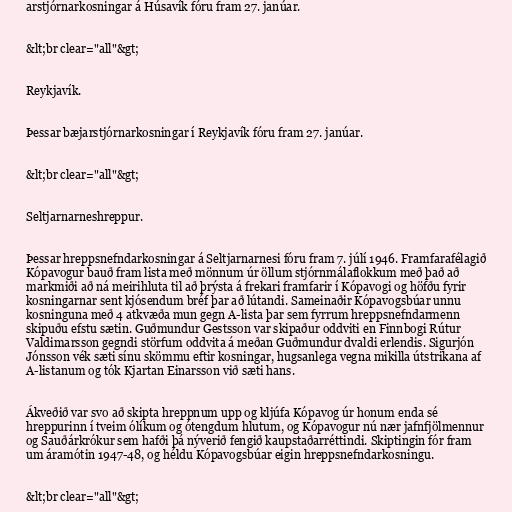
arstjórnarkosningar á Húsavík fóru fram 27. janúar.

&lt;br clear="all"&gt;

Reykjavík.

Þessar bæjarstjórnarkosningar í Reykjavík fóru fram 27. janúar.

&lt;br clear="all"&gt;

Seltjarnarneshreppur.

Þessar hreppsnefndarkosningar á Seltjarnarnesi fóru fram 7. júlí 1946. Framfarafélagið
Kópavogur bauð fram lista með mönnum úr öllum stjórnmálaflokkum með það að
markmiði að ná meirihluta til að þrýsta á frekari framfarir í Kópavogi og höfðu fyrir
kosningarnar sent kjósendum bréf þar að lútandi. Sameinaðir Kópavogsbúar unnu
kosninguna með 4 atkvæða mun gegn A-lista þar sem fyrrum hreppsnefndarmenn
skipuðu efstu sætin. Guðmundur Gestsson var skipaður oddviti en Finnbogi Rútur
Valdimarsson gegndi störfum oddvita á meðan Guðmundur dvaldi erlendis. Sigurjón
Jónsson vék sæti sínu skömmu eftir kosningar, hugsanlega vegna mikilla útstrikana af
A-listanum og tók Kjartan Einarsson við sæti hans.

Ákveðið var svo að skipta hreppnum upp og kljúfa Kópavog úr honum enda sé
hreppurinn í tveim ólíkum og ótengdum hlutum, og Kópavogur nú nær jafnfjölmennur
og Sauðárkrókur sem hafði þá nýverið fengið kaupstaðarréttindi. Skiptingin fór fram
um áramótin 1947-48, og héldu Kópavogsbúar eigin hreppsnefndarkosningu.

&lt;br clear="all"&gt;